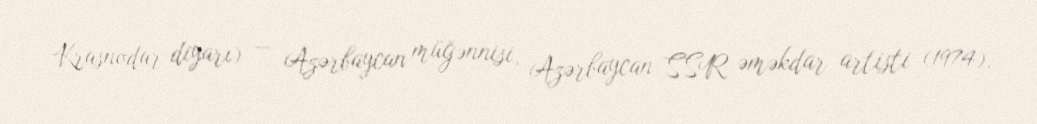
Krasnodar diyarı) — Azərbaycan müğənnisi, Azərbaycan SSR əməkdar artisti (1974).